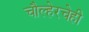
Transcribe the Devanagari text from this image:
चौल्हेरचेही